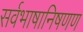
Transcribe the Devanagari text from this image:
सर्वभाषानिषणण